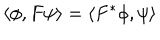
LaTeX: \left\langle \phi , F \psi \right\rangle = \left\langle F ^ { * } \phi , \psi \right\rangle